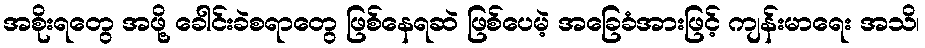
အစိုးရတွေ အဖို့ ခေါင်းခဲစရာတွေ ဖြစ်နေရဆဲ ဖြစ်ပေမဲ့ အခြေခံအားဖြင့် ကျန်းမာရေး အသိ၊